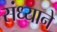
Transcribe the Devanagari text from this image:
संध्याने